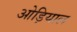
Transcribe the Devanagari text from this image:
ओड़ियाल